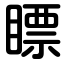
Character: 瞟